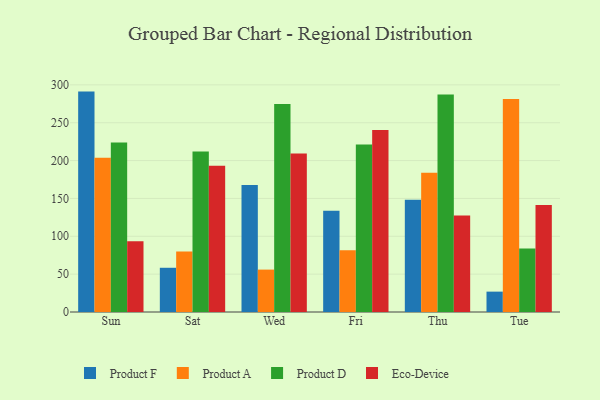
{"axis": {"x": "Day", "y": "Bounce Rate (%)"}, "legend": ["Eco-Device", "Product A", "Product D", "Product F"], "data": [{"x": "Sun", "y": 291.1, "type": "Product F"}, {"x": "Sun", "y": 203.8, "type": "Product A"}, {"x": "Sun", "y": 223.8, "type": "Product D"}, {"x": "Sun", "y": 93.4, "type": "Eco-Device"}, {"x": "Sat", "y": 58.4, "type": "Product F"}, {"x": "Sat", "y": 80.0, "type": "Product A"}, {"x": "Sat", "y": 212.1, "type": "Product D"}, {"x": "Sat", "y": 193.0, "type": "Eco-Device"}, {"x": "Wed", "y": 167.6, "type": "Product F"}, {"x": "Wed", "y": 56.0, "type": "Product A"}, {"x": "Wed", "y": 274.8, "type": "Product D"}, {"x": "Wed", "y": 209.3, "type": "Eco-Device"}, {"x": "Fri", "y": 133.6, "type": "Product F"}, {"x": "Fri", "y": 81.4, "type": "Product A"}, {"x": "Fri", "y": 221.2, "type": "Product D"}, {"x": "Fri", "y": 240.4, "type": "Eco-Device"}, {"x": "Thu", "y": 148.3, "type": "Product F"}, {"x": "Thu", "y": 183.9, "type": "Product A"}, {"x": "Thu", "y": 287.2, "type": "Product D"}, {"x": "Thu", "y": 127.6, "type": "Eco-Device"}, {"x": "Tue", "y": 26.9, "type": "Product F"}, {"x": "Tue", "y": 281.3, "type": "Product A"}, {"x": "Tue", "y": 84.0, "type": "Product D"}, {"x": "Tue", "y": 141.4, "type": "Eco-Device"}]}